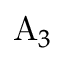
\mathrm { A } _ { 3 }